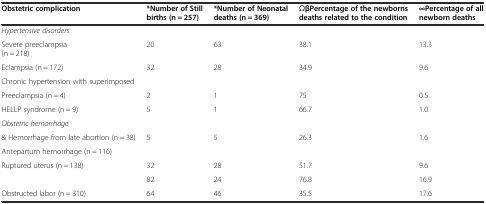
<table><thead><tr><td><b>Obstetric complication</b></td><td><b>*Number of Still births (n = 257)</b></td><td><b>*Number of Neonatal deaths (n = 369)</b></td><td><b>ΩβPercentage of the newborns deaths related to the condition</b></td><td><b>∞Percentage of all newborn deaths</b></td></tr></thead><tbody><tr><td><i>Hypertensive disorders</i></td><td></td><td></td><td></td><td></td></tr><tr><td>Severe preeclampsia (n = 218)</td><td>20</td><td>63</td><td>38.1</td><td>13.3</td></tr><tr><td>Eclampsia (n = 172)</td><td>32</td><td>28</td><td>34.9</td><td>9.6</td></tr><tr><td>Chronic hypertension with superimposed</td><td></td><td></td><td></td><td></td></tr><tr><td>Preeclampsia (n = 4)</td><td>2</td><td>1</td><td>75</td><td>0.5</td></tr><tr><td>HELLP syndrome (n = 9)</td><td>5</td><td>1</td><td>66.7</td><td>1.0</td></tr><tr><td><i>Obstetric hemorrhage</i></td><td></td><td></td><td></td><td></td></tr><tr><td>&amp; Hemorrhage from late abortion (n = 38)</td><td>5</td><td>5</td><td>26.3</td><td>1.6</td></tr><tr><td>Antepartum hemorrhage (n = 116)</td><td></td><td></td><td></td><td></td></tr><tr><td rowspan="2">Ruptured uterus (n = 138)</td><td>32</td><td>28</td><td>51.7</td><td>9.6</td></tr><tr><td>82</td><td>24</td><td>76.8</td><td>16.9</td></tr><tr><td>Obstructed labor (n = 310)</td><td>64</td><td>46</td><td>35.5</td><td>17.6</td></tr></tbody></table>